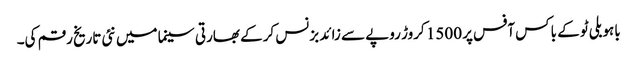
باہو بلی ٹو کے باکس آفس پر 1500 کروڑ روپے سے زائد بزنس کرکے بھارتی سینما میں نئی تاریخ رقم کی۔